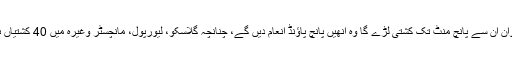
یہیں گاما پہلوان نے اعلان کیا کہ جو پہلوان ان سے پانچ منٹ تک کشتی لڑے گا وہ انھیں پانچ پاؤنڈ انعام دیں گے، چنانچہ گلاسکو، لیورپول، مانچسٹر وغیرہ میں 40 کشتیاں ہوئیں لیکن کوئی انھیں پچھاڑ نہ سکا تھا۔